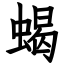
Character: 蝎